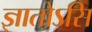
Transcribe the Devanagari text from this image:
ज्ञातोऽसि